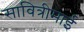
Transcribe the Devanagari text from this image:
सावित्रीमाई